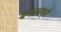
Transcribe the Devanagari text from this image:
बंगालको